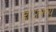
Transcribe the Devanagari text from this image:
डाउनव्यू